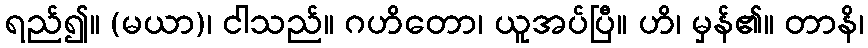
ရည်၍။ (မယာ)၊ ငါသည်။ ဂဟိတော၊ ယူအပ်ပြီ။ ဟိ၊ မှန်၏။ တာနိ၊